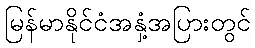
မြန်မာနိုင်ငံအနှံ့အပြားတွင်